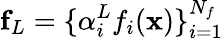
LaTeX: \mathbf{f}_{L}=\{ \alpha_{i}^{L}f_{i}(\mathbf{x})\} _{i=1}^{N_{f}}